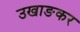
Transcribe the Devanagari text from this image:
उखाङकर